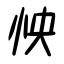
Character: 怏